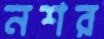
নশর